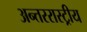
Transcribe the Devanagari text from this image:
अन्तररास्ट्रीय